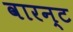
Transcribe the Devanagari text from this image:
वारन्‍ट